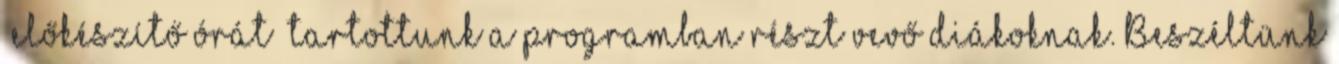
„előkészítő órát” tartottunk a programban részt vevő diákoknak. Beszéltünk